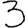
Digit: 3